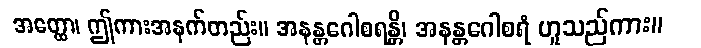
အတ္ထော၊ ဤကားအနက်တည်း။ အနန္တဂေါစရန္တိ၊ အနန္တဂေါစရံ ဟူသည်ကား။